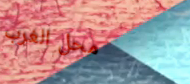
محل الغرب